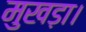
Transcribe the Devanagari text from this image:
मुखड़ा।